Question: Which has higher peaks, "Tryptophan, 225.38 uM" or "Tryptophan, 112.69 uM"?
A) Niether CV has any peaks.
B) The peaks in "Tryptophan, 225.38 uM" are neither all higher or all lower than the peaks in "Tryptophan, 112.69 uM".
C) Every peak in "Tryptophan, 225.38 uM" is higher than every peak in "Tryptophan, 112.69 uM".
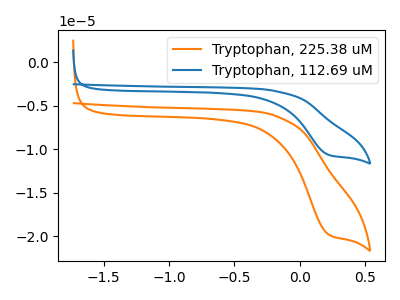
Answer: <think>The orange curve "Tryptophan, 225.38 uM" has a cathodic peak at: (0.20V, -19.80uA). The blue curve "Tryptophan, 112.69 uM" has a cathodic peak at: (0.20V, -10.65uA).</think>
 <answer>C) Every peak in "Tryptophan, 225.38 uM" is higher than every peak in "Tryptophan, 112.69 uM".</answer>
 <eval>C</eval>